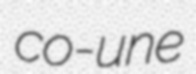
co-une